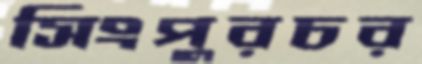
সিংপুরচর